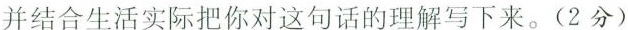
并结合生活实际把你对这句话的理解写下来。(2分)